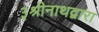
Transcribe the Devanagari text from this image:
३श्रीनाथद्वारा